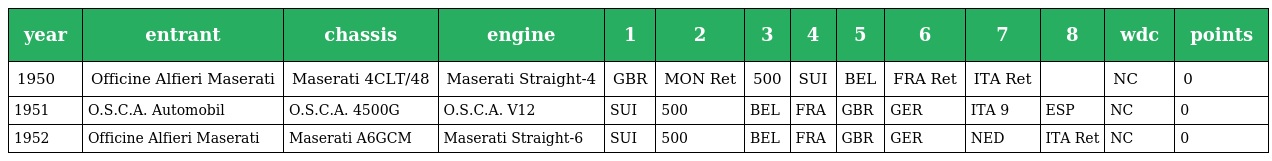
| year | entrant | chassis | engine | 1 | 2 | 3 | 4 | 5 | 6 | 7 | 8 | wdc | points |
 | --- | --- | --- | --- | --- | --- | --- | --- | --- | --- | --- | --- | --- | --- |
 | 1950 | Officine Alfieri Maserati | Maserati 4CLT/48 | Maserati Straight-4 | GBR | MON Ret | 500 | SUI | BEL | FRA Ret | ITA Ret |  | NC | 0 |
 | 1951 | O.S.C.A. Automobil | O.S.C.A. 4500G | O.S.C.A. V12 | SUI | 500 | BEL | FRA | GBR | GER | ITA 9 | ESP | NC | 0 |
 | 1952 | Officine Alfieri Maserati | Maserati A6GCM | Maserati Straight-6 | SUI | 500 | BEL | FRA | GBR | GER | NED | ITA Ret | NC | 0 |